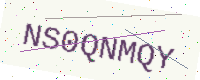
Text: NS0QNMQY